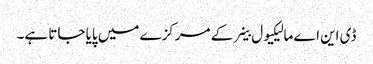
ڈی این اے مالیکیول خلیے کے مرکزے میں پایا جاتا ہے۔